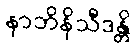
နာဘိနိသီဒန္တိ